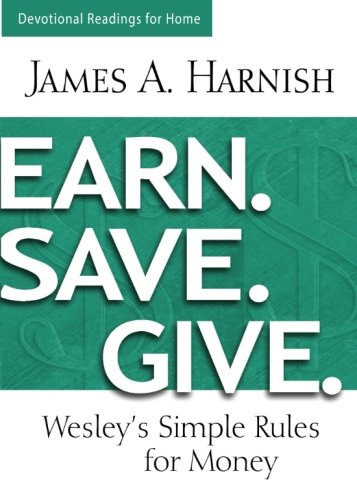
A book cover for Earn. Save. Give. Devotional Readings for Home: Wesley's Simple Rules for Money; James A. Harnish; Christian Books & Bibles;